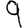
Digit: 9